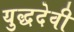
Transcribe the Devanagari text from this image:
युद्धदेवी